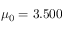
\mu _ { 0 } = 3 . 5 0 0